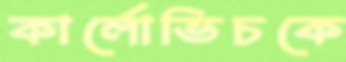
কার্লোভিচকে